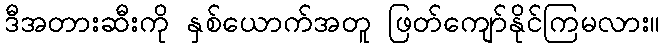
ဒီအတားဆီးကို နှစ်ယောက်အတူ ဖြတ်ကျော်နိုင်ကြမလား။